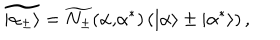
LaTeX: \widetilde { | \alpha _ { \pm } \rangle } = \widetilde { N _ { \pm } } ( \alpha \mathrm { , } \alpha ^ { * } ) \left( | \alpha \rangle \pm | \alpha ^ { * } \rangle \right) ,